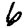
Digit: 6